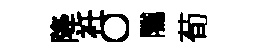
降衽〇隲荀